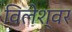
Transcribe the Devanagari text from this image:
विलेश्वर